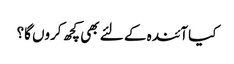
کیا آئندہ کے لئے بھی کچھ کروں گا؟